Indian journal of veterinary science and animal husbandry - Volume 13,
Year: 1943
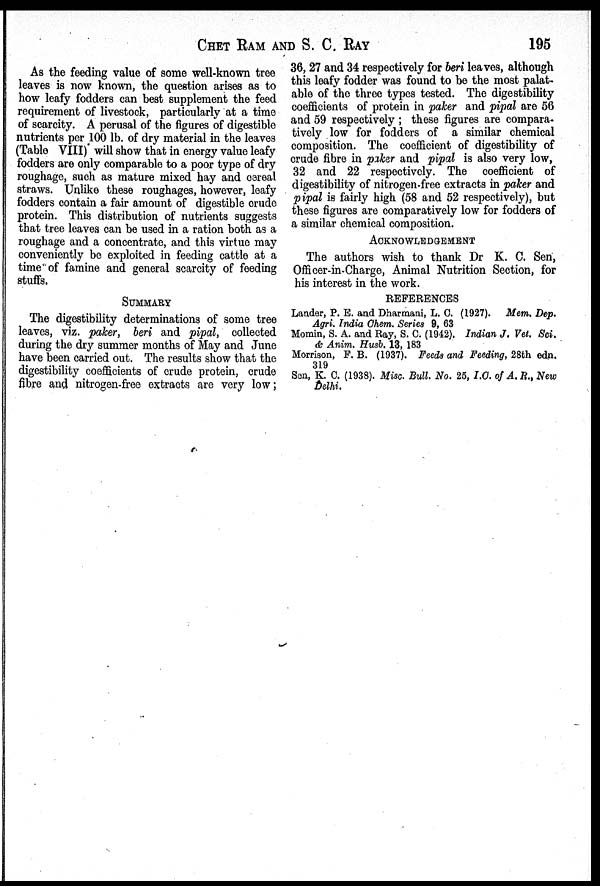
CHET RAM AND S. C. RAY 195
As the feeding value of some well-known tree
leaves is now known, the question arises as to
how leafy fodders can best supplement the feed
requirement of livestock, particularly at a time
of scarcity. A perusal of the figures of digestible
nutrients per 100 lb. of dry material in the leaves
(Table VIII) will show that in energy value leafy
fodders are only comparable to a poor type of dry
roughage, such as mature mixed hay and cereal
straws. Unlike these roughages, however, leafy
fodders contain a fair amount of digestible crude
protein. This distribution of nutrients suggests
that tree leaves can be used in a ration both as a
roughage and a concentrate, and this virtue may
conveniently be exploited in feeding cattle at a
time of famine and general scarcity of feeding
stuffs.
SUMMARY
The digestibility determinations of some tree
leaves, viz. paker, beri and pipal, collected
during the dry summer months of May and June
have been carried out. The results show that the
digestibility coefficients of crude protein, crude
fibre and nitrogen-free extracts are very low;
36, 27 and 34 respectively for beri leaves, although
this leafy fodder was found to be the most palat-
able of the three types tested. The digestibility
coefficients of protein in paker and pipal are 56
and 59 respectively; these figures are compara-
tively low for fodders of a similar chemical
composition. The coefficient of digestibility of
crude fibre in paker and pipal is also very low,
32 and 22 respectively. The coefficient of
digestibility of nitrogen-free extracts in paker and
pipal is fairly high (58 and 52 respectively), but
these figures are comparatively low for fodders of
a similar chemical composition.
ACKNOWLEDGEMENT
The authors wish to thank Dr K. C. Sen,
Officer-in-Charge, Animal Nutrition Section, for
his interest in the work.
REFERENCES
Lander, P. E. and Dharmani, L. C. (1927). Mem. Dep.
Agri. India Chem. Series 9, 63
Momin, S. A. and Ray, S. C. (1942). Indian J. Vet. Sci.
& Anim. Husb. 13, 183
Morrison, F. B. (1937). Feeds and Feeding, 28th edn.
319
Sen, K. C. (1938). Misc. Bull. No. 25, I.C. of A. R., New
Delhi.